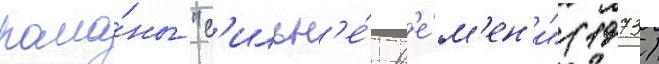
рома́ны "с'ильн'е́е вр'е́м'ен'и" (1973)